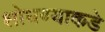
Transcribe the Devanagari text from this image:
शोधण्याकडे